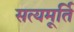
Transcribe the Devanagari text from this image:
सत्यमूर्ति